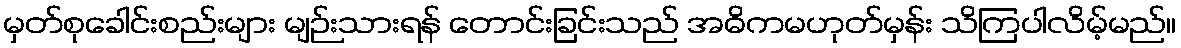
မှတ်စုခေါင်းစည်းများ မျဉ်းသားရန် တောင်းခြင်းသည် အဓိကမဟုတ်မှန်း သိကြပါလိမ့်မည်။